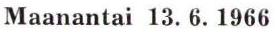
Maanantai 13. 6. 1966